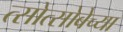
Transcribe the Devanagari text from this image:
त्सोत्सोबेच्या